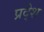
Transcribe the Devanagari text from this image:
प्रदे्श